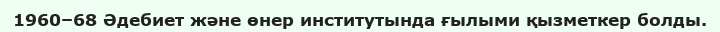
1960–68 Әдебиет және өнер институтында ғылыми қызметкер болды.